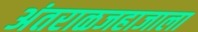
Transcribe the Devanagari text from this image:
अंतराळजहाजाला